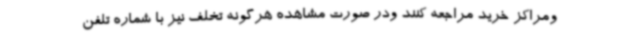
ومراکز خرید مراجعه کنند ودر صورت مشاهده هرگونه تخلف نیز با شماره تلفن